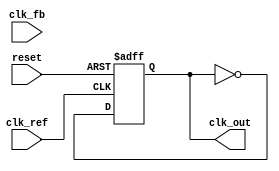
module CP_PLL (
    input wire clk_ref,        // Reference clock input
    input wire clk_fb,         // Feedback clock input from VCO
    input wire reset,          // Asynchronous reset
    output reg clk_out         // Output clock from VCO
);

// Parameters
parameter CP_CURRENT_UP = 1'b1; // Charge pump UP current
parameter CP_CURRENT_DOWN = 1'b0; // Charge pump DOWN current
parameter DIV_RATIO = 4; // Frequency divider ratio

// Internal signals
reg up, down;                // Signals from PFD
reg [7:0] charge_pump_output; // Output of charge pump (control voltage)
reg [7:0] loop_filter;       // Loop filter output
reg [7:0] vco_control;       // Control voltage for VCO
reg [3:0] vco_counter;       // VCO frequency counter
reg [1:0] divider_counter;    // Frequency divider counter

// Phase Frequency Detector (PFD)
always @(posedge clk_ref or posedge reset) begin
    if (reset) begin
        up <= 0;
        down <= 0;
    end else begin
        // Simple PFD logic
        if (clk_ref && !clk_fb) begin
            up <= 1;
            down <= 0;
        end else if (!clk_ref && clk_fb) begin
            up <= 0;
            down <= 1;
        end else begin
            up <= 0;
            down <= 0;
        end
    end
end

// Charge Pump (CP)
always @(posedge clk_ref or posedge reset) begin
    if (reset) begin
        charge_pump_output <= 8'b0;
    end else begin
        if (up) begin
            charge_pump_output <= charge_pump_output + CP_CURRENT_UP;
        end else if (down) begin
            charge_pump_output <= charge_pump_output - CP_CURRENT_DOWN;
        end
    end
end

// Loop Filter (LF)
always @(posedge clk_ref or posedge reset) begin
    if (reset) begin
        loop_filter <= 8'b0;
    end else begin
        // Simple first-order loop filter
        loop_filter <= charge_pump_output; // This can be modified for more complex filters
    end
end

// Voltage-Controlled Oscillator (VCO)
always @(posedge clk_ref or posedge reset) begin
    if (reset) begin
        vco_counter <= 4'b0;
        clk_out <= 0;
    end else begin
        // Adjust VCO frequency based on loop filter output
        vco_counter <= loop_filter[3:0]; // Example: using lower bits for frequency control
        clk_out <= ~clk_out; // Toggle output clock
    end
end

// Frequency Divider
always @(posedge clk_out or posedge reset) begin
    if (reset) begin
        divider_counter <= 2'b0;
        clk_fb <= 0; // Feedback clock
    end else begin
        if (divider_counter == DIV_RATIO - 1) begin
            clk_fb <= ~clk_fb; // Toggle feedback clock
            divider_counter <= 2'b0;
        end else begin
            divider_counter <= divider_counter + 1;
        end
    end
end

endmodule